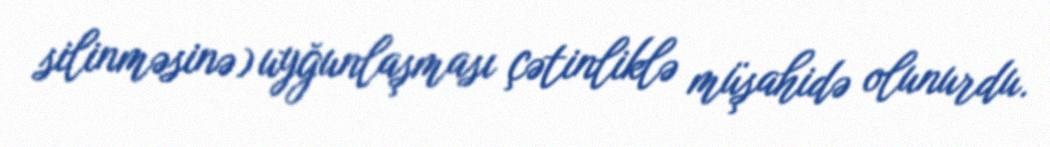
silinməsinə) uyğunlaşması çətinliklə müşahidə olunurdu.